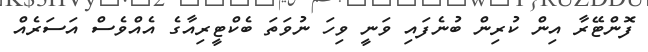
ފޮންޓޭރާ އިން ކުރިން ބުނެފައި ވަނީ ވިހަ ނުވަތަ ބެކްޓީރިއާގެ އެއްވެސް އަސަރެއް